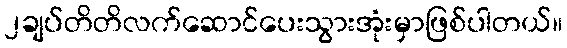
၂ချပ်တိတိလက်ဆောင်ပေးသွားအုံးမှာဖြစ်ပါတယ်။